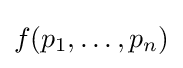
f(p_{1},\ldots ,p_{n})